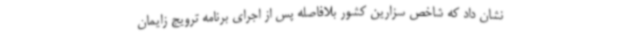
نشان داد که شاخص سزارین کشور بلافاصله پس از اجرای برنامه ترویج زایمان